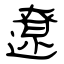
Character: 遼